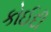
કોઈદી